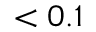
< 0 . 1